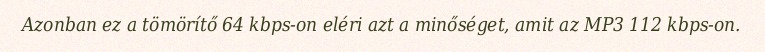
Azonban ez a tömörítő 64 kbps-on eléri azt a minőséget, amit az MP3 112 kbps-on.